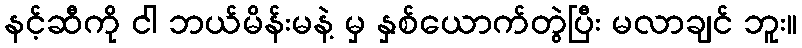
နင့်ဆီကို ငါ ဘယ်မိန်းမနဲ့ မှ နှစ်ယောက်တွဲပြီး မလာချင် ဘူး။